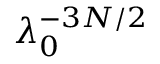
\lambda _ { 0 } ^ { - 3 N / 2 }